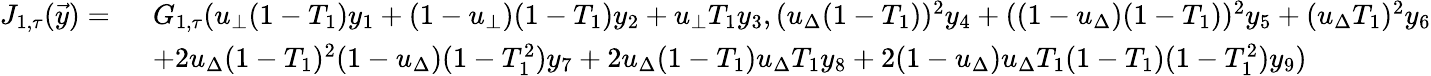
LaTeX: \begin{array}{rl}{J_{1,\tau}(\vec{y})=\ }&{G_{1,\tau}(u_{\bot}(1-T_{1})y_{1}+(1-u_{\bot})(1-T_{1})y_{2}+u_{\bot}T_{1}y_{3},(u_{\Delta}(1-T_{1}))^{2}y_{4}+((1-u_{\Delta})(1-T_{1}))^{2}y_{5}+(u_{\Delta}T_{1})^{2}y_{6}}\\ &{+2u_{\Delta}(1-T_{1})^{2}(1-u_{\Delta})(1-T_{1}^{2})y_{7}+2u_{\Delta}(1-T_{1})u_{\Delta}T_{1}y_{8}+2(1-u_{\Delta})u_{\Delta}T_{1}(1-T_{1})(1-T_{1}^{2})y_{9})}\end{array}